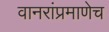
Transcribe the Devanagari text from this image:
वानरांप्रमाणेच